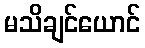
မသိချင်ယောင်